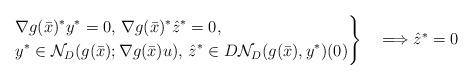
LaTeX: \begin{align*}\left.\begin{aligned}&\nabla g(\bar x)^*y^*=0,\,\nabla g(\bar x)^*\hat z^*=0,\\& y^*\in\mathcal N_D(g(\bar x);\nabla g(\bar x)u),\,\hat z^*\in D\mathcal N_D(g(\bar x),y^*)(0)\end{aligned}\right\}\quad\Longrightarrow\hat z^*=0\end{align*}